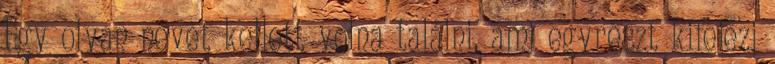
Egy olyan nevet kellett volna találni, ami egyrészt kifejezi